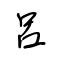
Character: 呂